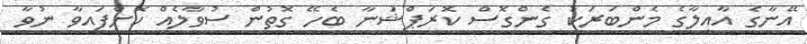
އޭނާގެ އާއިލާގެ މެންބަރަކު ގެންގޮސް ކޮރަޕްޝަނާ ބެހޭ ގޮތުން ސުވާލެއް ކޮށްފައިވާ ނުވާ